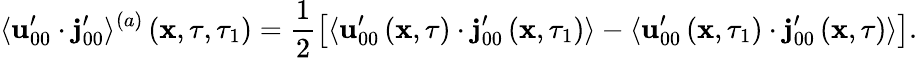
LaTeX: \langle\mathbf{u}_{00}^{\prime}\cdot\mathbf{j}_{00}^{\prime}\rangle^{(a)}\left(\mathbf{x},\tau,\tau_{1}\right)=\frac{1}{2}\left[\langle\mathbf{u}_{00}^{\prime}\left(\mathbf{x},\tau\right)\cdot\mathbf{j}_{00}^{\prime}\left(\mathbf{x},\tau_{1}\right)\rangle-\langle\mathbf{u}_{00}^{\prime}\left(\mathbf{x},\tau_{1}\right)\cdot\mathbf{j}_{00}^{\prime}\left(\mathbf{x},\tau\right)\rangle\right].